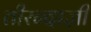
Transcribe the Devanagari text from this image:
तीरन्दाज़ी